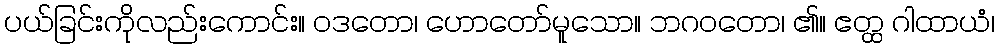
ပယ်ခြင်းကိုလည်းကောင်း။ ဝဒတော၊ ဟောတော်မူသော။ ဘဂဝတော၊ ၏။ ဧတ္ထ ဂါထာယံ၊